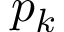
p _ { k }